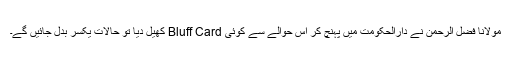
مولانا فضل الرحمٰن نے دارالحکومت میں پہنچ کر اس حوالے سے کوئی Bluff Card کھیل دیا تو حالات یکسر بدل جائیں گے۔